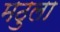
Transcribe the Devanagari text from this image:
मठुला